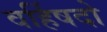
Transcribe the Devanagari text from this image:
वर्हिषदो